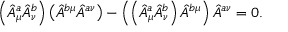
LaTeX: \left( \hat { A } _ { \mu } ^ { a } \hat { A } _ { \nu } ^ { b } \right) \left( \hat { A } ^ { b \mu } \hat { A } ^ { a \nu } \right) - \left( \left( \hat { A } _ { \mu } ^ { a } \hat { A } _ { \nu } ^ { b } \right) \hat { A } ^ { b \mu } \right) \hat { A } ^ { a \nu } = 0 .